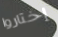
إختاروا